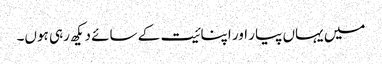
میں یہاں پیار اور اپنائیت کے سائے دیکھ رہی ہوں۔